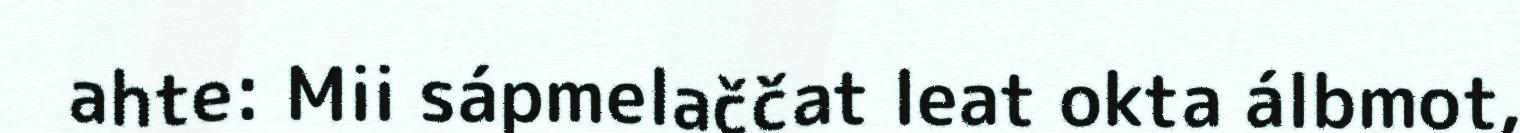
ahte: Mii sápmelaččat leat okta álbmot,